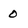
Character: 0